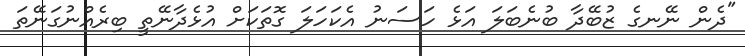
"ދެން ނޭނގެ ޒުބޭދާ ބުނެބަލަ އަޅެ ހަސަނު އެކަހަލަ ގޮތަކަށް އުޅެދާނޭތީ ބިރެއްނުގަނޭތަ